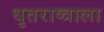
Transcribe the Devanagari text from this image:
धृतराष्त्राला